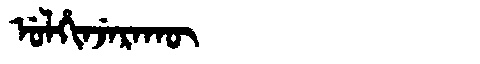
Manchu: ᡠᠯᡥᡳᠨᠵᡝᡵᠠᡴᡡ
Romanization: ULHINJERAKŪ